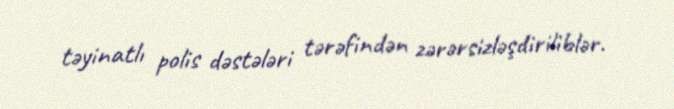
təyinatlı polis dəstələri tərəfindən zərərsizləşdiriliblər.